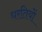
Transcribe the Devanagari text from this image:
धरतियों